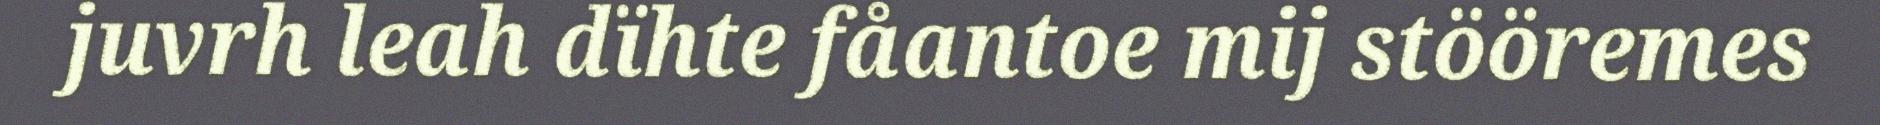
juvrh leah dïhte fåantoe mij stööremes